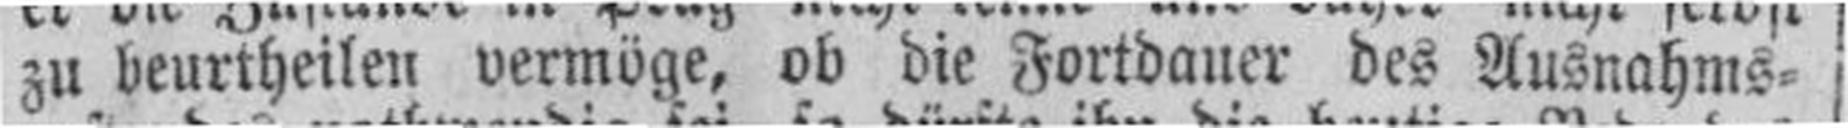
zu beurtheilen vermöge, ob die Fortdauer des Ausnahms¬s